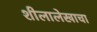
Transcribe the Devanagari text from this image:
शीलालेखाचा